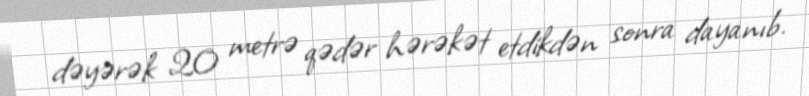
dəyərək 20 metrə qədər hərəkət etdikdən sonra dayanıb.